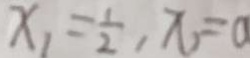
x _ { 1 } = \frac { 1 } { 2 } , x = 0